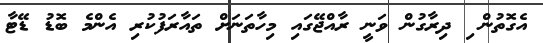
އެގޮތުން ި ދިރާގުން ވަނީ ރާއްޖޭގައި މިހާތަނަށް ތައާރަފުކުރި އެންމެ ބޮޑު ޑޭޓާ